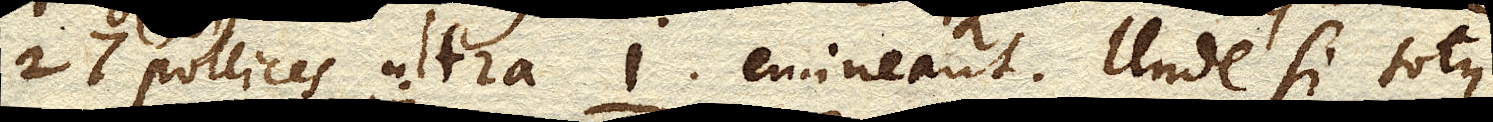
27 pollices ultra I. emineant. Unde si totus